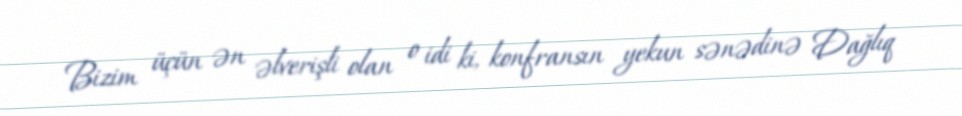
Bizim üçün ən əlverişli olan o idi ki, konfransın yekun sənədinə Dağlıq